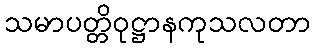
သမာပတ္တိဝုဋ္ဌာနကုသလတာ